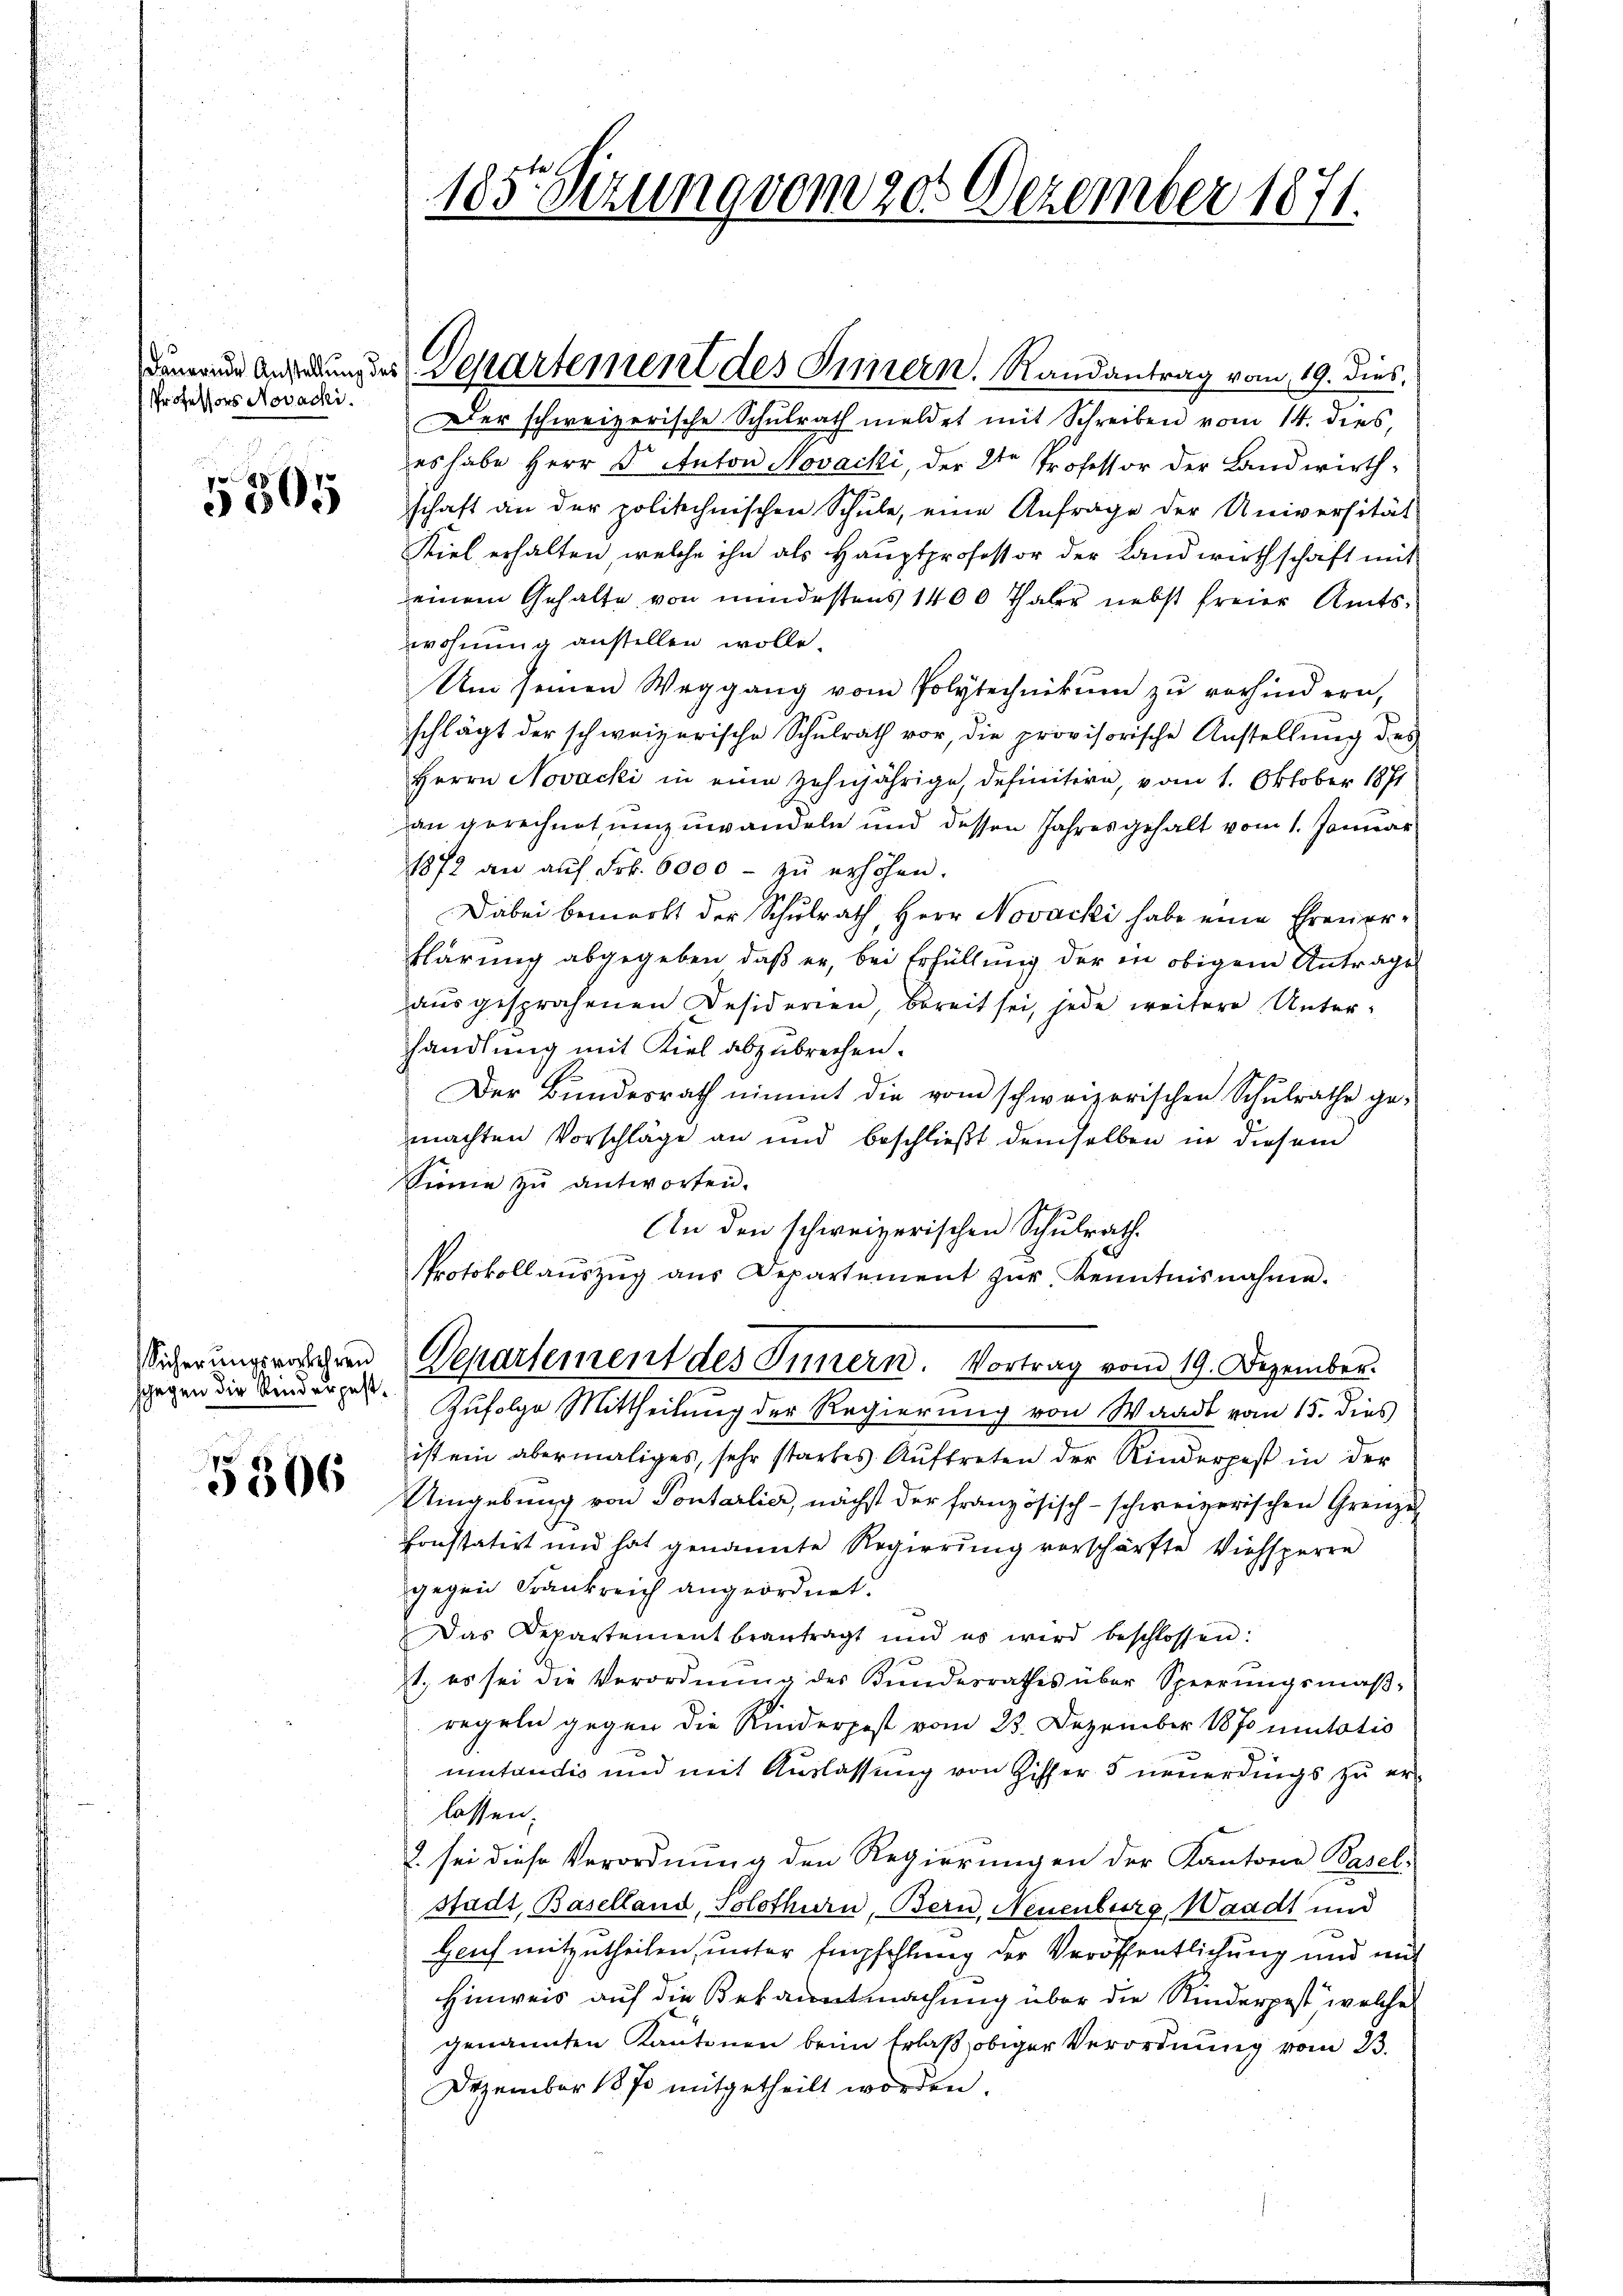
Professors Novacki.

5305

Sicherungsverkehren
sgegen die Kinderpest¬

5306

185. Sizung vom 20. Dezember 1871.

denaue Ausrundes Departement des Innern. Randantrag vom 19. dies

Der schweizerische Schulrath meldet mit Schreiben vom 14. dies,
es habe Herr Dr. Anton Novacki, der 2ten Professor der Landwirthschaft an der politechnischen Schŭle, eine Anfrage der Universität
Stiel erhalten, welche ihn als Hauptprofessor der Landwirthschaft mit
einem Gehalte von mindestens 1400 Thaler nebst freier Amtswohnung anstellen wolle.
Um seinen Weggang vom Polytechnikum zu vorhindern,
schlägt der schweizerische Schulrath vor, die provisorische Anstellung des
Herrn Novacki in eine zehnjährige, definitire, vom 1. Oktober 1871
an gerechnet umzuwandeln und dessen Jahresgehalt vom 1. Januar
1872 an auf Frk. 6000 - zu erhöhen.
Dabei bemerkt der Schŭlrath, Herr Novacki habe eine Ehreuer-
klärung abgegeben, daß er, bei Erfüllung der in obigem Antrage
aŭsgesprochenen Desiderien, bereit sei, jede weitere Unter-
handlung mit Kiel abzubrechen.
Der Bundesrath nimmt die vom schweizerischen Schulrathe ge-
machten Vorschläge an und beschließt demselben in diesem
Sinne zŭ antworten.
An den schweizerischen Schulrath.
Protokollaŭszŭg aŭs Departement zŭr Kenntnisnahme.
Departement des Innern. Vortrag vom 19. Dezember.
Zufolge Mittheilung der Regierung von Waadt vom 15. dies
ist ein abermaliges, sehr starkes Auftreten der Kinderpest in der
Uingebung von Pontarlier, nächst der französisch-schweizerischen Grenze
konstatirt und hat genannte Regierung vorschärfte Viehsperre
gegen Frankreich angeordnet.
Das Departement beantragt und es wird beschlossen:
1., es sei die Verordnŭng des Kundesrathes über Sperrungsmaβ-
regeln gegen die Kinderpest vom 23. Dezember 1870 mutatis
mutendio und mit Auslassung von Ziffer 5 neuerdings zu erlassen.
2 sei diese Verordnung den Regierungen der Kantons Basel-
stadt, Baselland, Solothurn, Bern, Neuenburg, Waadt und
Genf mitzutheilen, unter Empfehlung der Veröffentlichung und mit
Hinweis auf die Bekanntmachung über die Kinderpest, welche
genannten Kantonen beim Erlaß obiger Verordnung vom 23.
Dezember 1870 mitgetheilt worden.